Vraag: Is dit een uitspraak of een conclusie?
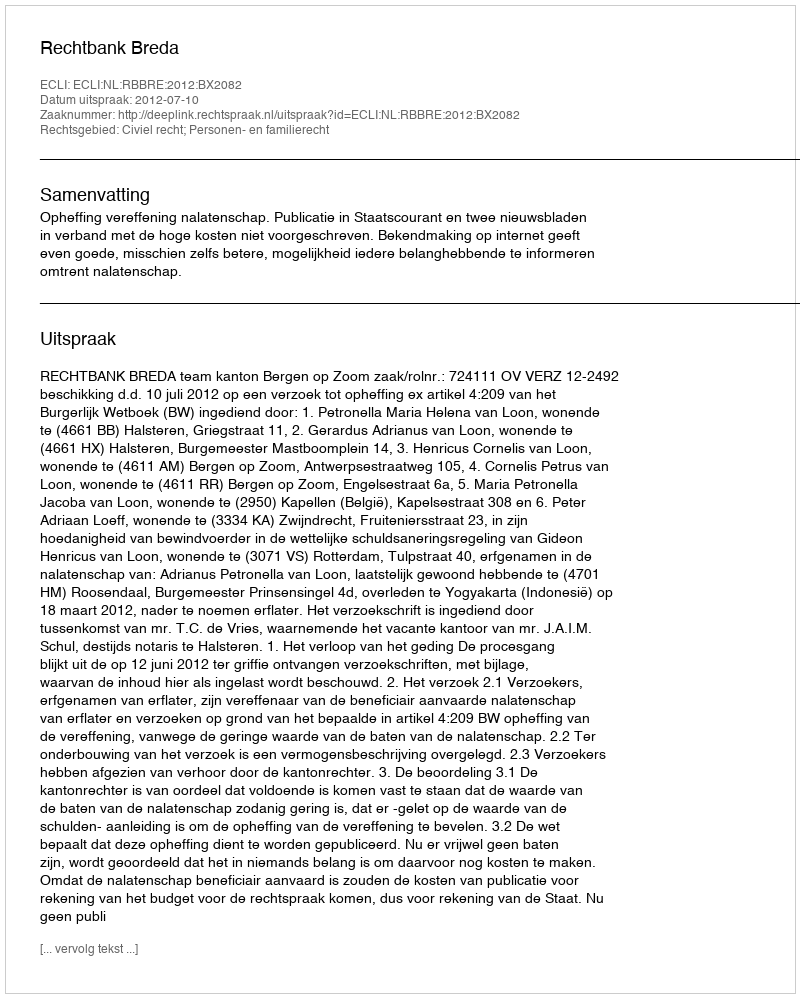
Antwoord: Uitspraak